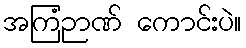
အကြံဉာဏ် ကောင်းပဲ။